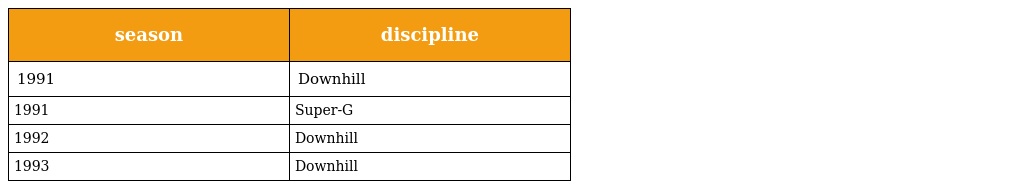
| season | discipline |
 | --- | --- |
 | 1991 | Downhill |
 | 1991 | Super-G |
 | 1992 | Downhill |
 | 1993 | Downhill |